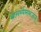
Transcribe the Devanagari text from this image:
सामर्थ्यमभजन्